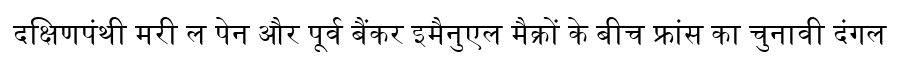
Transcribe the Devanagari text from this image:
दक्षिणपंथी मरी ल पेन और पूर्व बैंकर इमैनुएल मैक्रों के बीच फ्रांस का चुनावी दंगल